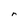
Character: r